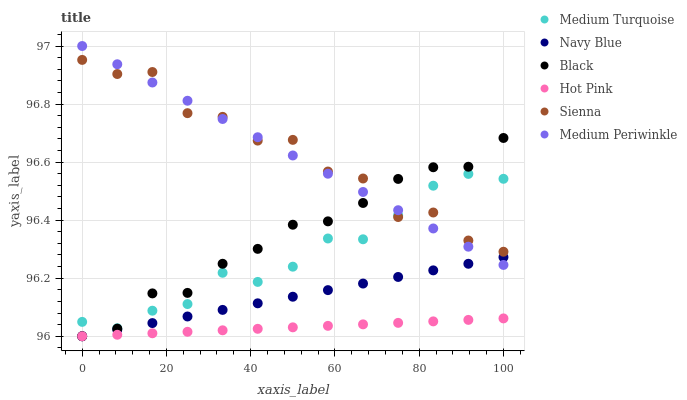
| xaxis_label | Medium Turquoise | Navy Blue | Black | Hot Pink | Sienna | Medium Periwinkle |
 | --- | --- | --- | --- | --- | --- | --- |
 | 0 | 96 | 96 | 96 | 96 | 97 | 97 |
 | 8.33 | 96 | 96 | 96 | 96 | 96.9 | 96.9 |
 | 16.7 | 96.1 | 96 | 96.1 | 96 | 96.9 | 96.9 |
 | 25 | 96.1 | 96.1 | 96.1 | 96 | 96.8 | 96.8 |
 | 33.3 | 96.2 | 96.1 | 96.2 | 96 | 96.8 | 96.7 |
 | 41.7 | 96.2 | 96.1 | 96.3 | 96 | 96.7 | 96.7 |
 | 50 | 96.2 | 96.1 | 96.4 | 96 | 96.7 | 96.6 |
 | 58.3 | 96.3 | 96.2 | 96.4 | 96 | 96.6 | 96.6 |
 | 66.7 | 96.3 | 96.2 | 96.5 | 96 | 96.5 | 96.5 |
 | 75 | 96.4 | 96.2 | 96.5 | 96 | 96.4 | 96.4 |
 | 83.3 | 96.5 | 96.2 | 96.6 | 96.1 | 96.4 | 96.4 |
 | 91.7 | 96.6 | 96.2 | 96.6 | 96.1 | 96.3 | 96.3 |
 | 100 | 96.5 | 96.3 | 96.7 | 96.1 | 96.3 | 96.2 |